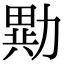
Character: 𭅂